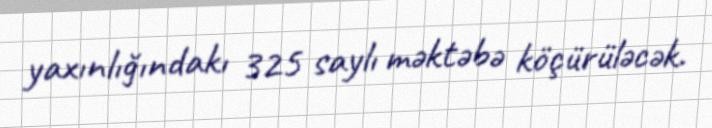
yaxınlığındakı 325 saylı məktəbə köçürüləcək.